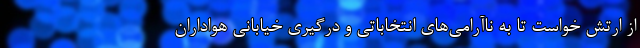
از ارتش خواست تا به ناآرامی‌های انتخاباتی و درگیری خیابانی هواداران